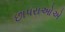
છાપરાઓએ